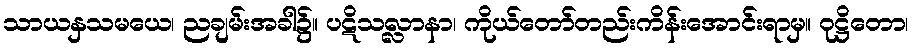
သာယနှသမယေ၊ ညချမ်းအခါ၌။ ပဋိသလ္လာနာ၊ ကိုယ်တော်တည်းကိန်းအောင်းရာမှ။ ဝုဋ္ဌိတော၊